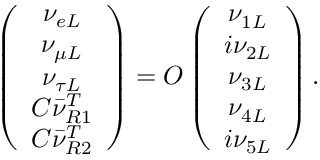
\left( \begin{array} { c } { { \nu _ { e L } } } \\ { { \nu _ { \mu L } } } \\ { { \nu _ { \tau L } } } \\ { { C \bar { \nu } _ { R 1 } ^ { T } } } \\ { { C \bar { \nu } _ { R 2 } ^ { T } } } \end{array} \right) = O \left( \begin{array} { c } { { \nu _ { 1 L } } } \\ { { i \nu _ { 2 L } } } \\ { { \nu _ { 3 L } } } \\ { { \nu _ { 4 L } } } \\ { { i \nu _ { 5 L } } } \end{array} \right) .